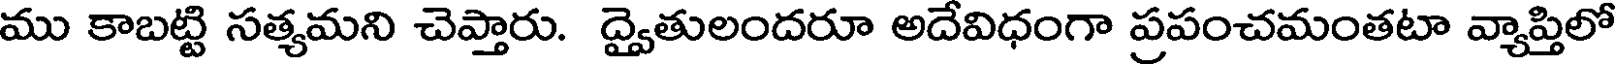
ము కాబట్టి సత్యమని చెప్తారు. ద్వైతులందరూ అదేవిధంగా ప్రపంచమంతటా వ్యాప్తిలో